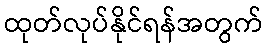
ထုတ်လုပ်နိုင်ရန်အတွက်